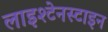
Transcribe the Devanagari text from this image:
लाइश्टेनस्टाइन